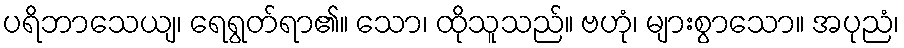
ပရိဘာသေယျ၊ ရေရွတ်ရာ၏။ သော၊ ထိုသူသည်။ ဗဟုံ၊ များစွာသော။ အပုညံ၊